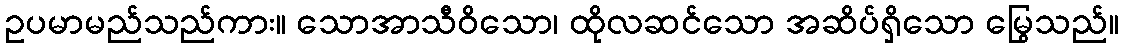
ဥပမာမည်သည်ကား။ သောအာသီဝိသော၊ ထိုလဆင်သော အဆိပ်ရှိသော မြွေသည်။